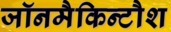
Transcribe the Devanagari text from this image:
जॉनमैकिन्टौश